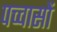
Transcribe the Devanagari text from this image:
पच्चासों